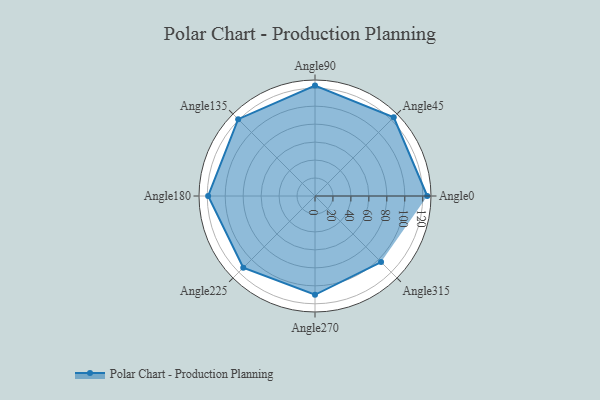
{"axis": {"x": "Angle", "y": "Radius"}, "legend": [""], "data": [{"x": "Angle0", "y": 125.0, "type": ""}, {"x": "Angle45", "y": 124.0, "type": ""}, {"x": "Angle90", "y": 123.0, "type": ""}, {"x": "Angle135", "y": 121.0, "type": ""}, {"x": "Angle180", "y": 119.0, "type": ""}, {"x": "Angle225", "y": 113.0, "type": ""}, {"x": "Angle270", "y": 110.0, "type": ""}, {"x": "Angle315", "y": 104.0, "type": ""}]}